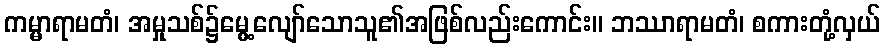
ကမ္မာရာမတံ၊ အမှုသစ်၌မွေ့လျော်သောသူ၏အဖြစ်လည်းကောင်း။ ဘဿာရာမတံ၊ စကားတုံ့လှယ်